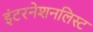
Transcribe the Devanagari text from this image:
इंटरनेशनलिस्ट